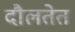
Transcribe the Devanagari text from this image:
दौलतेत